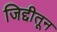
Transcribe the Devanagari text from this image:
जिद्दीतून